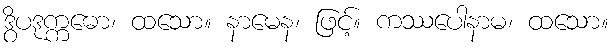
ဒွိပဒုက္ကဓော၊ ထသော။ နာမေန၊ ဖြင့်။ ကဿပေါနာမ၊ ထသော။